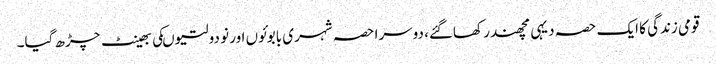
قومی زندگی کا ایک حصہ دیہی مچھندر کھاگئے، دوسرا حصہ شہری بابوئوں اور نو دولتیوںکی بھینٹ چڑھ گیا۔